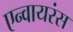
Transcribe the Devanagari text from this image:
एन्वायरंस